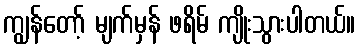
ကျွန်တော့် မျက်မှန် ဖရိမ် ကျိုးသွားပါတယ်။